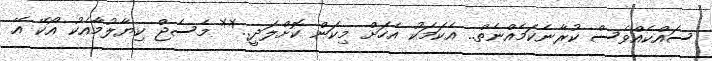
ސައްކެއްވެސް ކުރާނެކަމެއްނެތް.. އެކަމަކު އެހަށް މިކަން ކޮށްލަދީ..** މެސެޖް ކިޔާލުމާއެކު އޯކޭ އޭ